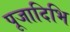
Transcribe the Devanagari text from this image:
पूजादिभि